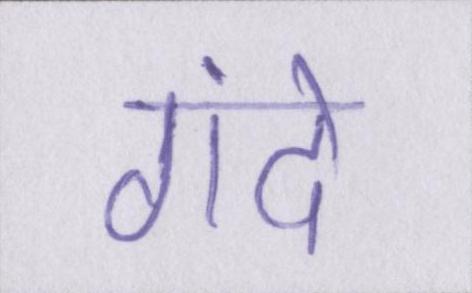
गंदे